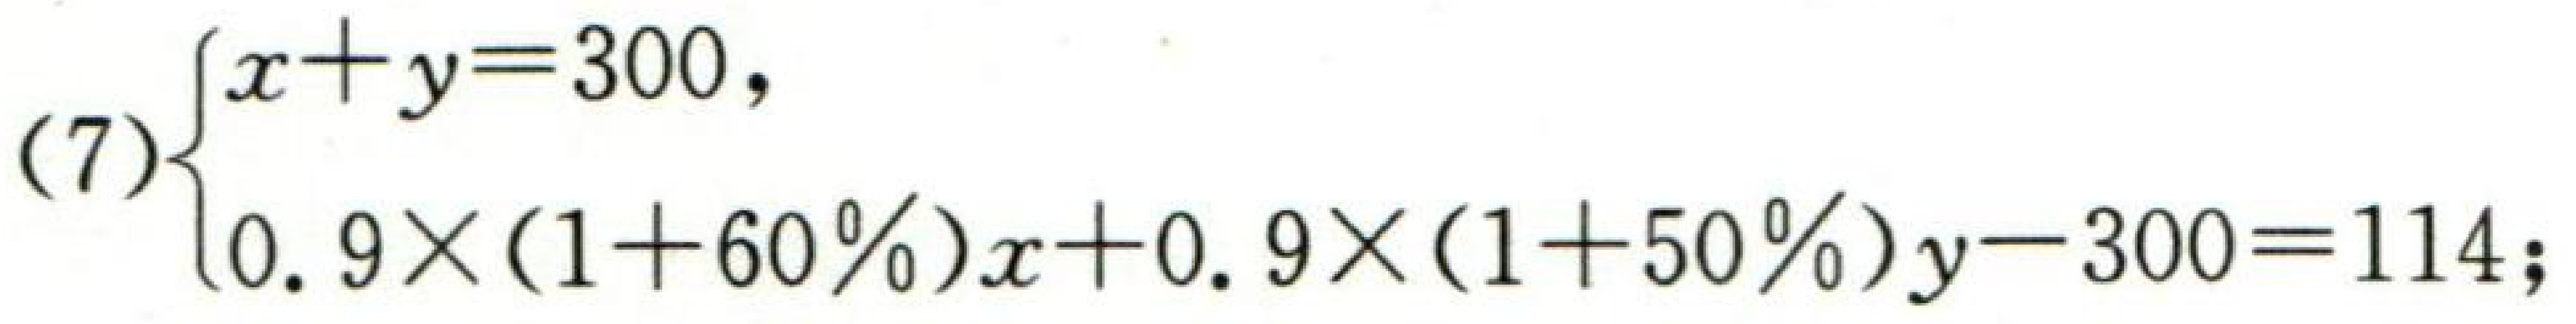
(7)$\begin{cases}

x + y = 300,\\

0.9\times(1 + 60\%)x+0.9\times(1 + 50\%)y - 300 = 114;

\end{cases}$